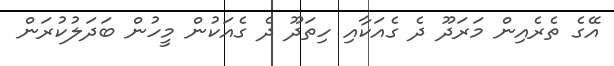
އޭގެ ތެރެއިން މަރަދޫ ދެ ގެއަކާއި ހިތަދޫ ދެ ގެއަކުން މީހުން ބަދަލުކުރަން